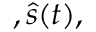
, { \hat { s } } ( t ) ,